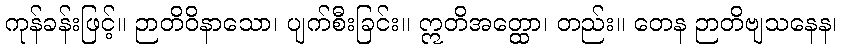
ကုန်ခန်းဖြင့်။ ဉာတိဝိနာသော၊ ပျက်စီးခြင်း။ ဣတိအတ္ထော၊ တည်း။ တေန ဉာတိဗျသနေန၊